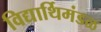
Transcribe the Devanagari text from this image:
विद्यार्थिमंडळ